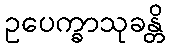
ဥပေက္ခာသုခန္တိ